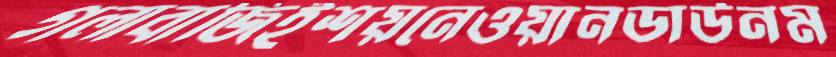
গলাবাজিইশয়নেওয়ানডাউনম